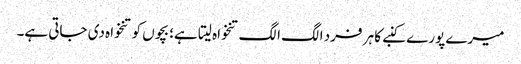
میرے پورے کنبے کا ہر فرد الگ الگ تنخواہ لیتا ہے؛ بچوں کو تنخواہ دی جاتی ہے۔